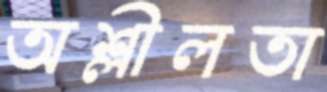
অশ্লীলতা